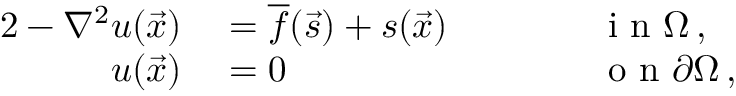
\begin{array} { r l r l } { { 2 } - \nabla ^ { 2 } u ( \vec { x } ) } & { { } = \overline { f } ( \vec { s } ) + s ( \vec { x } ) \qquad } & { } & { { } \mathrm { ~ i ~ n ~ } \Omega \, , } \\ { u ( \vec { x } ) } & { { } = 0 } & { } & { { } \mathrm { ~ o ~ n ~ } \partial \Omega \, , } \end{array}